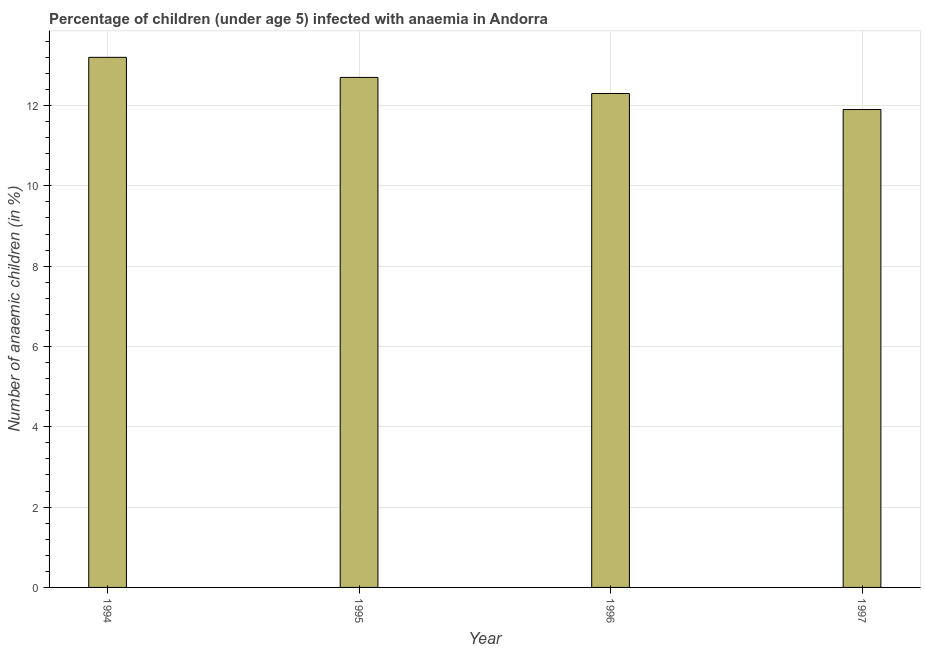
| Year | Prevalence of anemia among children |
 | --- | --- |
 | 1994 | 13.2 |
 | 1995 | 12.7 |
 | 1996 | 12.3 |
 | 1997 | 11.9 |